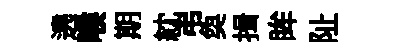
遶喉期紞弔奐揖眸阯